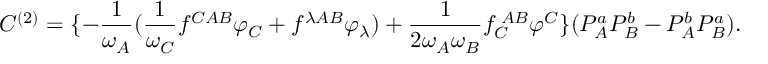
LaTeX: C ^ { ( 2 ) } = \{ - \frac { 1 } { \omega _ { A } } ( \frac { 1 } { \omega _ { C } } f ^ { C A B } \varphi _ { C } + f ^ { \lambda A B } \varphi _ { \lambda } ) + \frac { 1 } { 2 \omega _ { A } \omega _ { B } } f _ { C } ^ { \; A B } \varphi ^ { C } \} ( P _ { A } ^ { a } P _ { B } ^ { b } - P _ { A } ^ { b } P _ { B } ^ { a } ) .